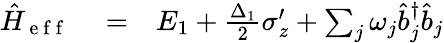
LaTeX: \begin{array}{rlr}{\hat{H}_{\mathrm{~e~f~f~}}}&{{}=}&{E_{1}+\frac{\Delta_{1}}{2}\sigma_{z}^{\prime}+\sum_{j}\omega_{j}\hat{b}_{j}^{\dagger}\hat{b}_{j}}\end{array}